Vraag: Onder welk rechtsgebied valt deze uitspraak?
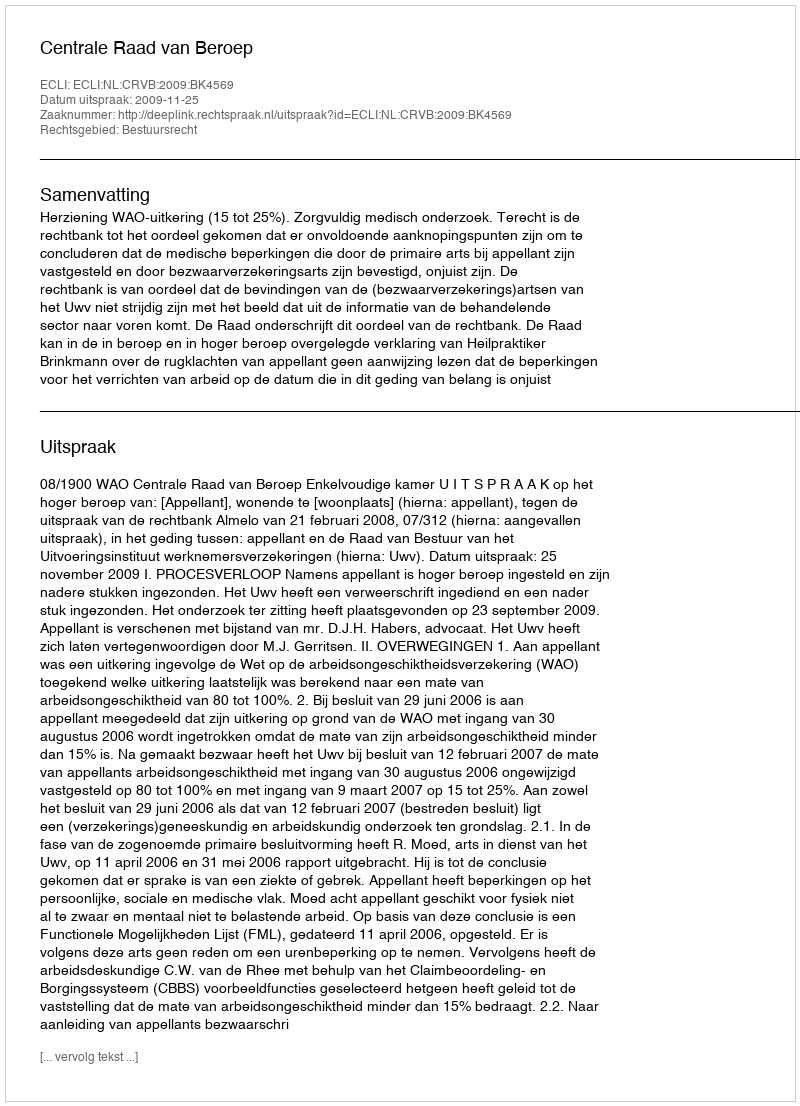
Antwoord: Bestuursrecht